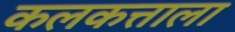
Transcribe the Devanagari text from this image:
कलकत्ताला